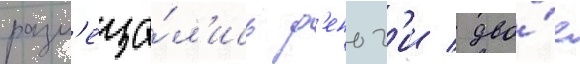
разм'еща́л'ись д'еньг'и / дво́е